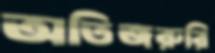
অতিজরুরি